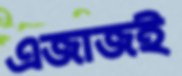
এজাজই